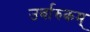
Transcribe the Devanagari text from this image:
उर्वारुकम्